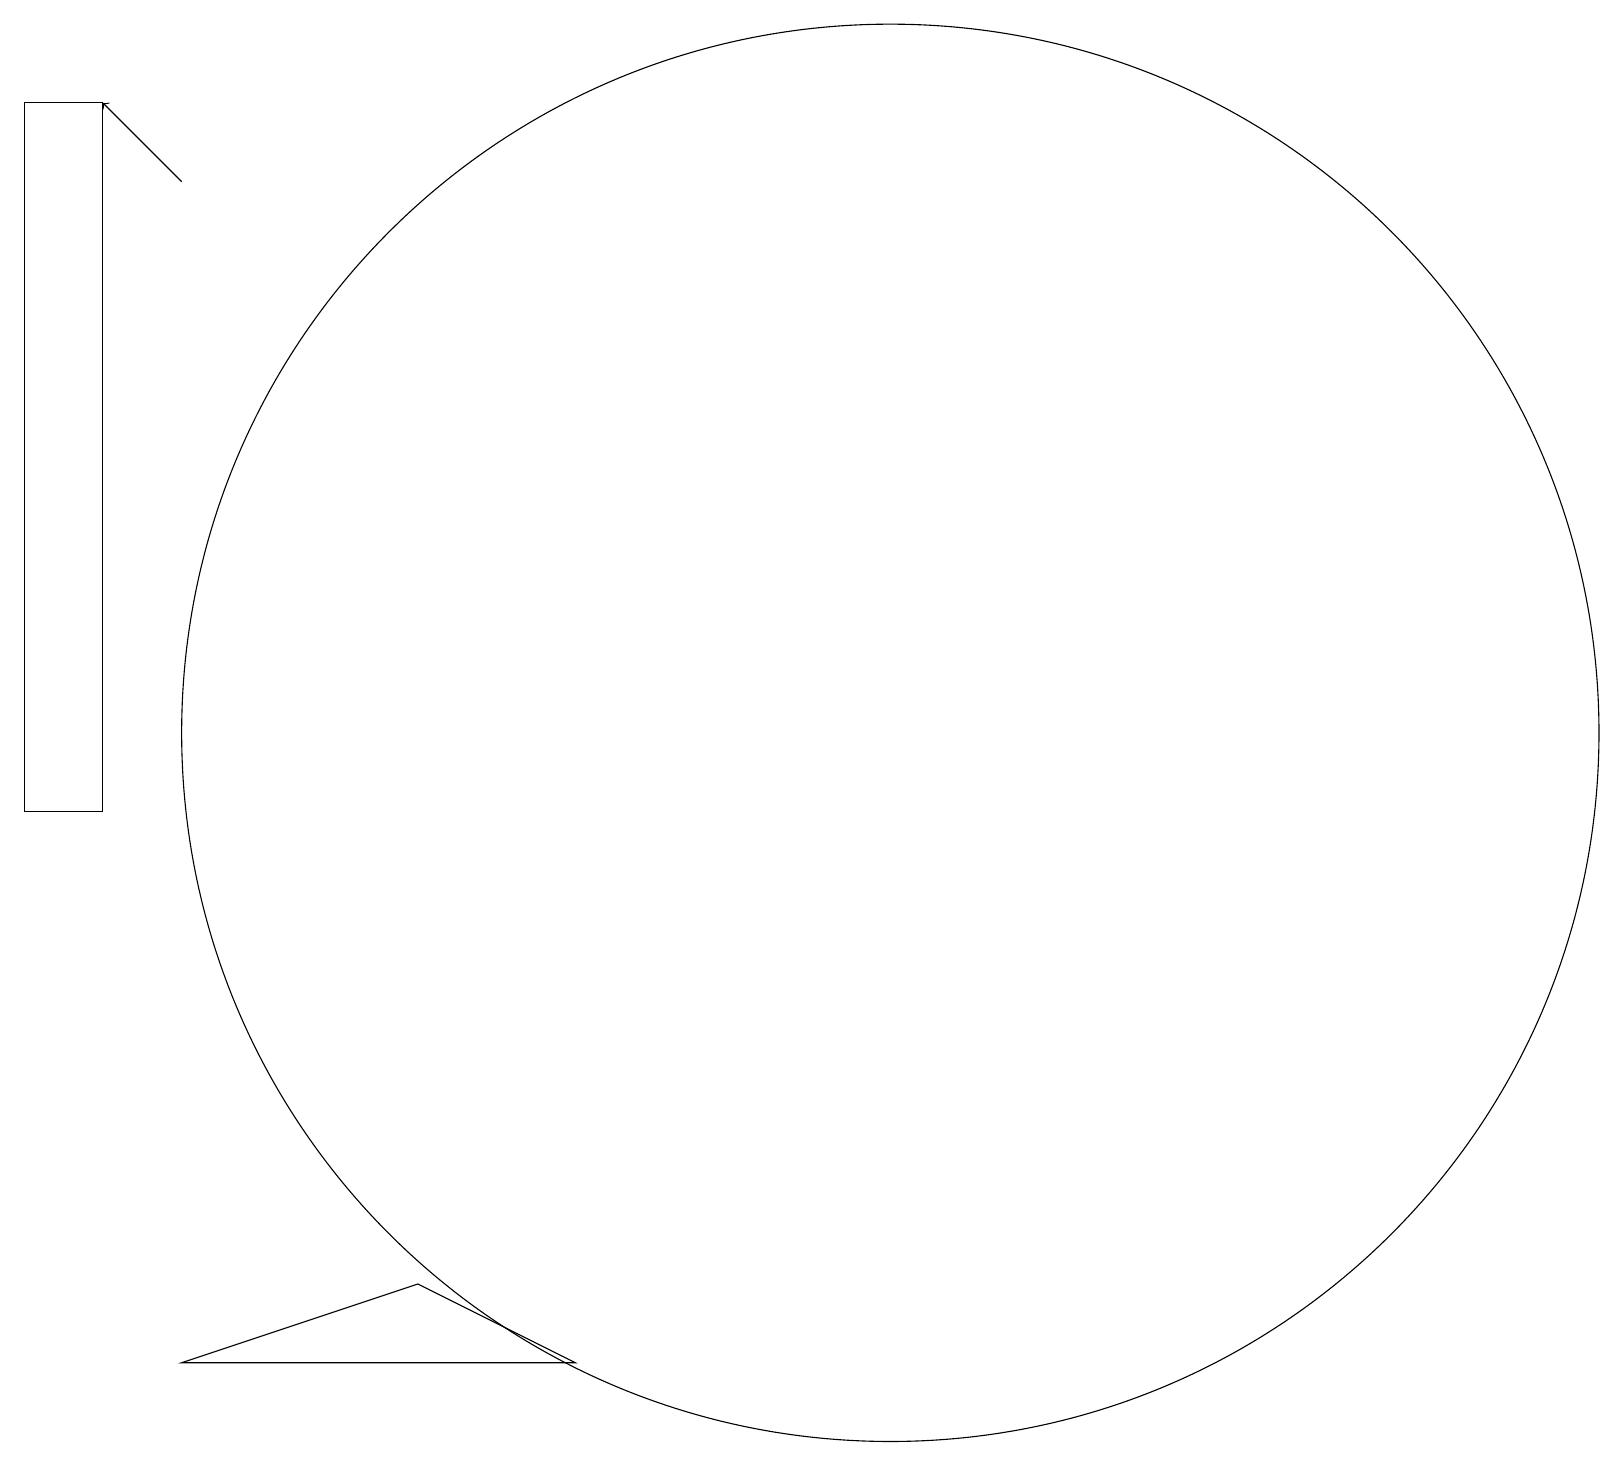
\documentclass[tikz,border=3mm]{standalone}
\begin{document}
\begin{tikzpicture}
\draw (2,10) rectangle (1,19);
\draw (3,3) -- (8,3) -- (6,4) -- cycle;
\draw (12,11) circle (9);
\draw[->] (3,18) -- (2,19);
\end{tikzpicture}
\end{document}